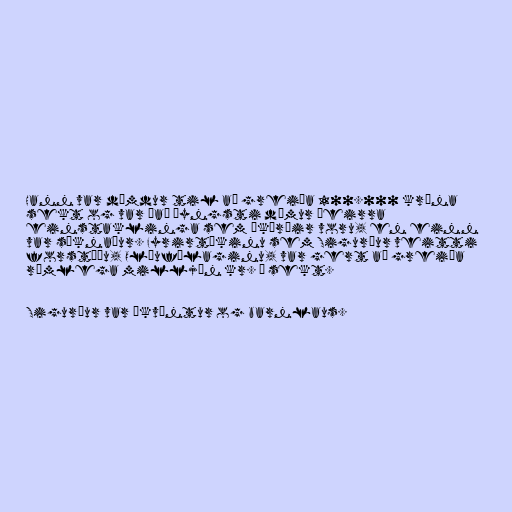
Hann var dæmdur til að greiða 100.000 króna
sekt og var það þyngsti dómur þeirra
einstaklinga sem ákærðir voru, en einn
var sýknaður. Fyrirtækinu sem Sigurður veitti
forstöðu, Olíufélaginu, var gert að greiða
rúmlega milljón kr. í sekt.

Sigurður var ókvæntur og barnlaus.